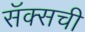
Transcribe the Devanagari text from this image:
सॅक्सची